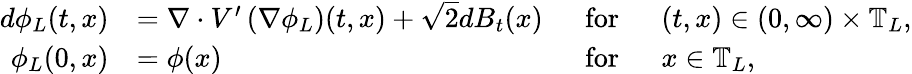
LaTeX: \begin{array}{rlrl}{d\phi_{L}(t,x)}&{=\nabla\cdot V^{\prime}\left(\nabla\phi_{L}\right)(t,x)+\sqrt{2}dB_{t}(x)}&{~~\mathrm{for}}&{~~(t,x)\in(0,\infty)\times\mathbb{T}_{L},}\\ {\phi_{L}(0,x)}&{=\phi(x)}&{\mathrm{for}}&{~~x\in\mathbb{T}_{L},}\end{array}